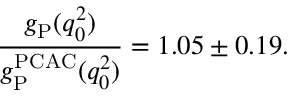
\frac { g _ { \mathrm { P } } ( q _ { 0 } ^ { 2 } ) } { g _ { \mathrm { P } } ^ { \mathrm { P C A C } } ( q _ { 0 } ^ { 2 } ) } = 1 . 0 5 \pm 0 . 1 9 .